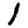
Digit: 1